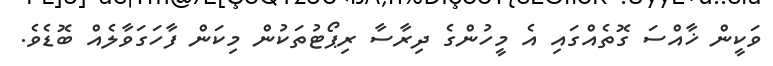
ވަކީން ޚާއްސަ ގޮތެއްގައި އެ މީހުންގެ ދިރާސާ ރިޕޯޓުތަކުން މިކަން ފާހަގަވާލެއް ބޮޑެވެ.